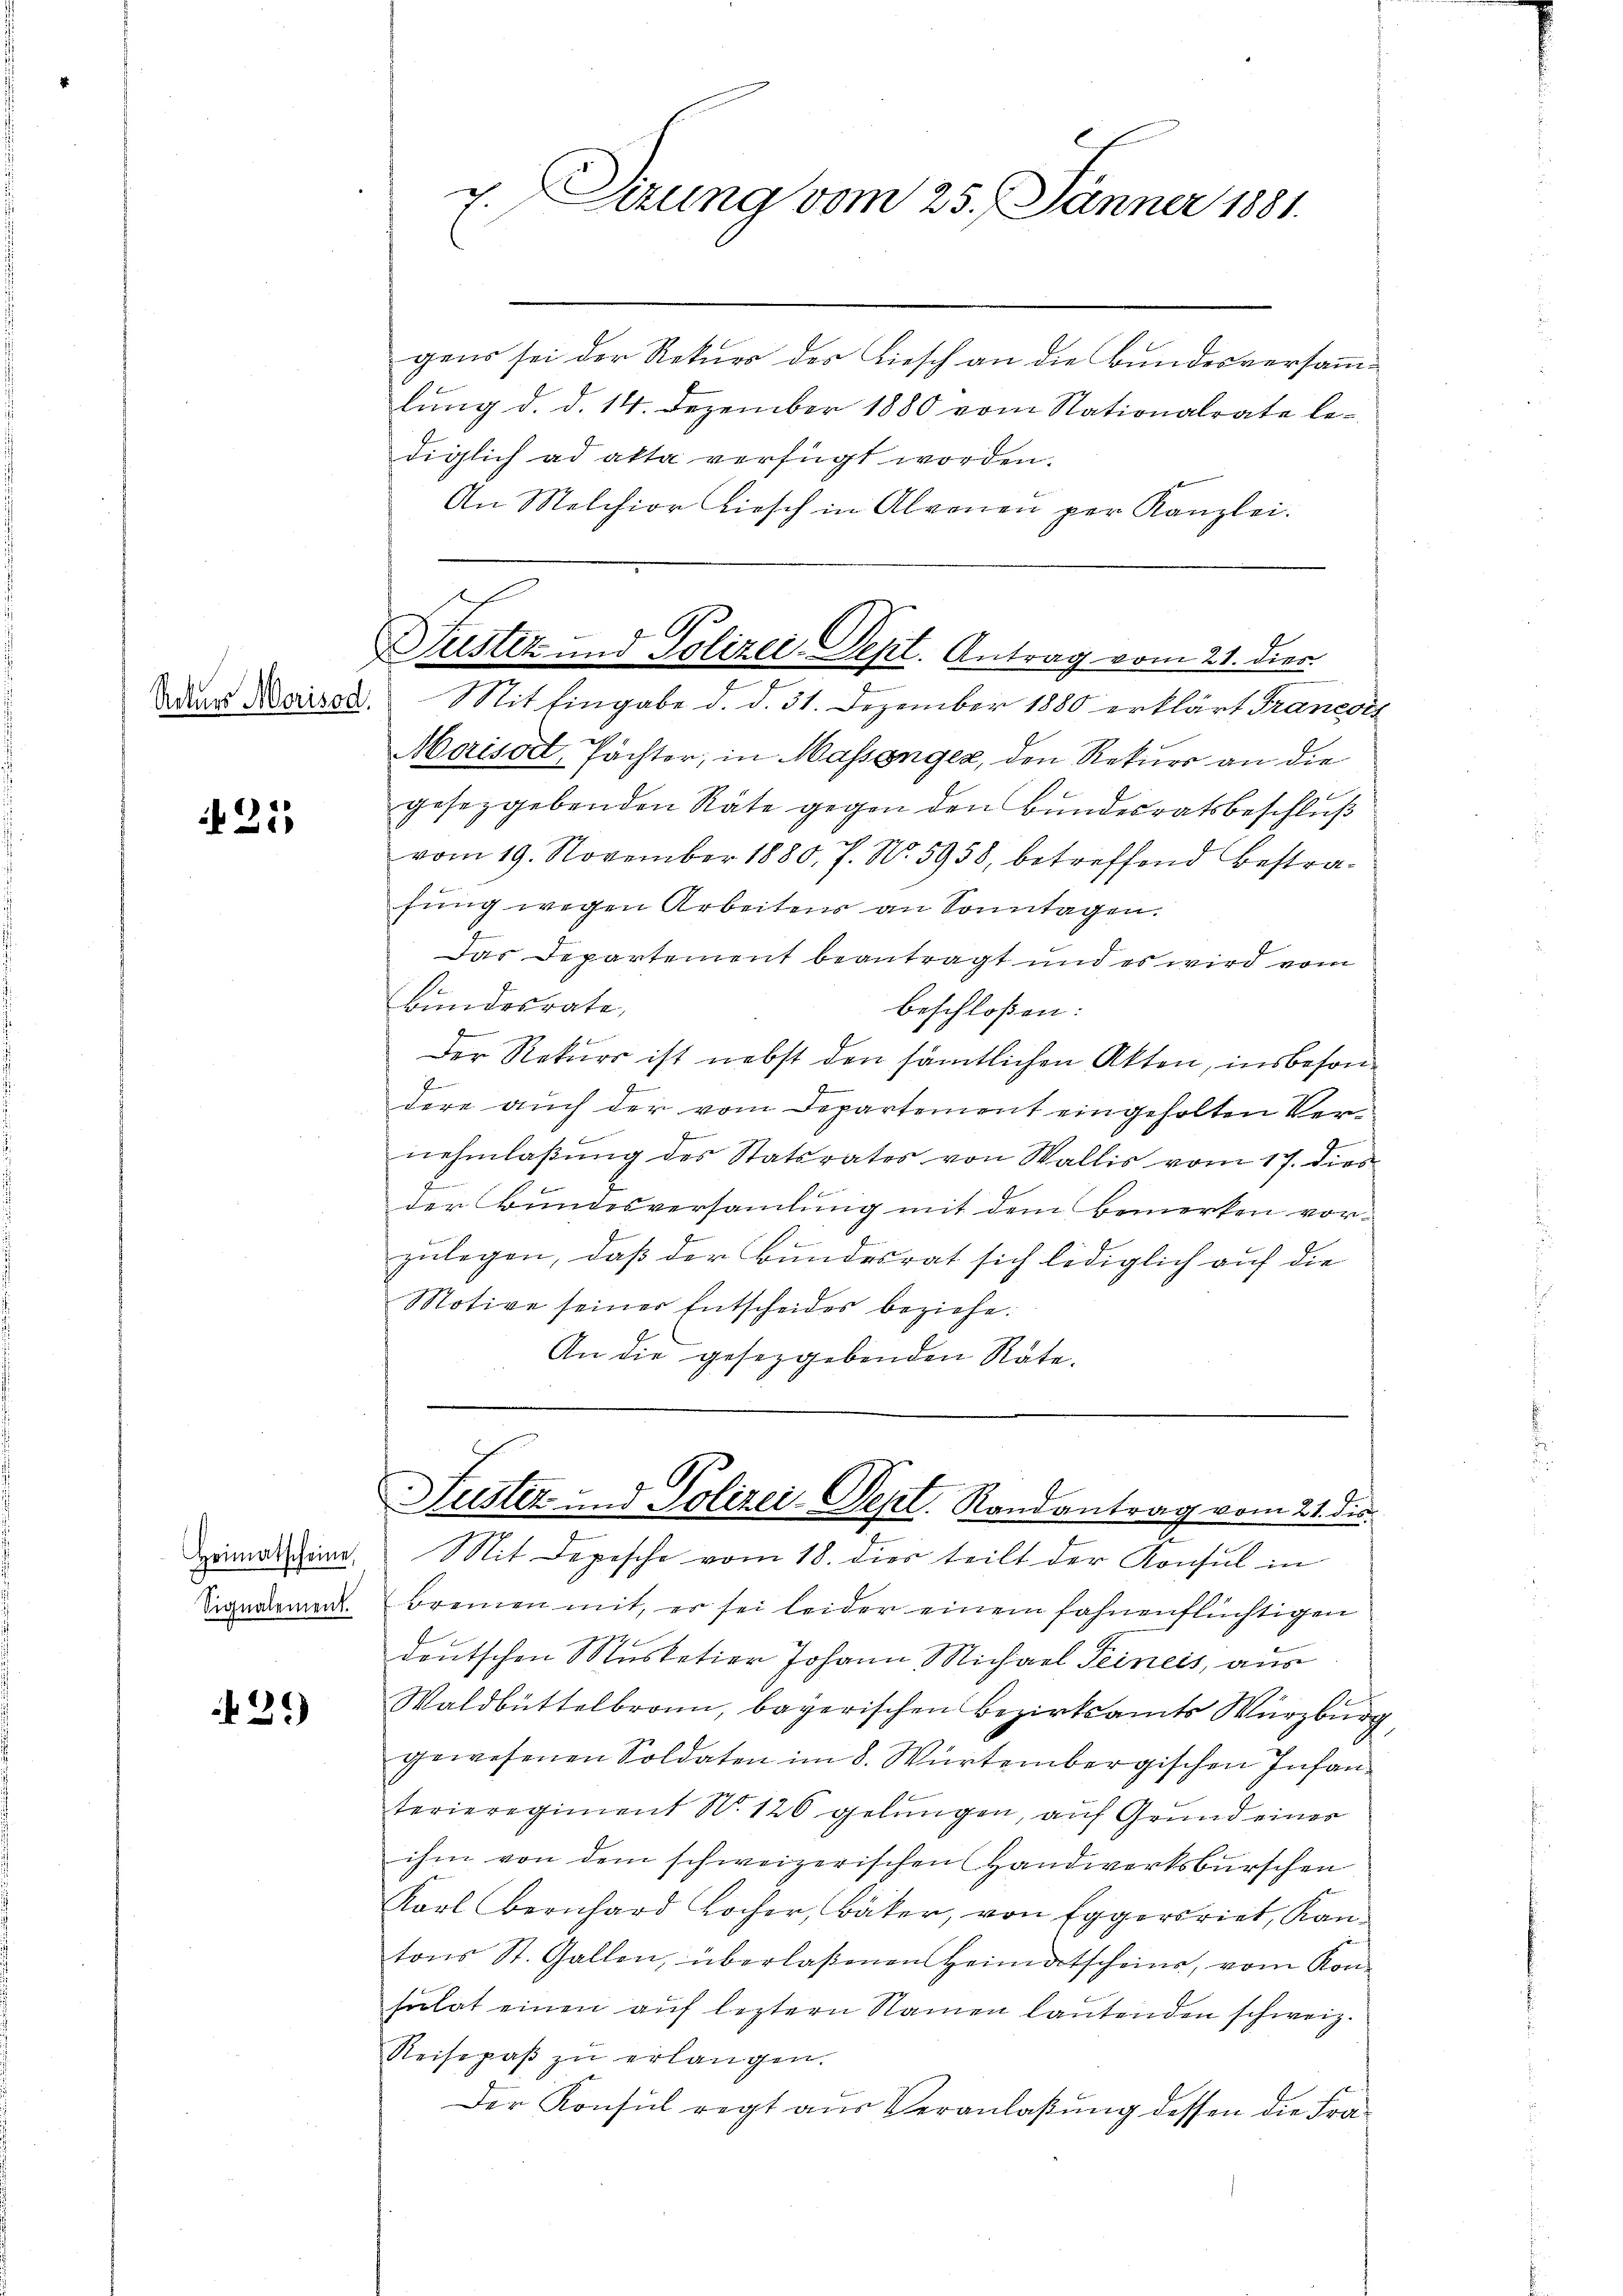
N 21

Heimatscheine
Signalement.

.
21)

gens sei der Rekurs des Liesch an die Bundesversamlung d. d. 14. Dezember 1880 vom Stationalrate lediglich ad acta verfügt worden.
An Melchior Kiesch in Abrenen per Kanzlei.

x. Sizung vom 25. Jänner 1881.

Justiz und Polizei-Dept. Antrag vom 21. dies.

Das Barsod. Mit Eingabe d. d. 31. Dezember 1880 erklärt Francois
Maiser, Pächter, in Massenger, den Rekurs an die
gesetzgebenden Räte gegen den Bundesratsbeschluß
vom 19. November 1880, 7. No. 5958, betreffend Bestrafung wegen Arbeitens an Sonntagen.
Das Departement beantragt und es wird vom
Bundesrate,
beschloßen:
b
Der Rekurs ist nebst den sämtlichen Akten, insbesondere auch der vom Departement eingeholten Ver¬
u
f
nehmlaβŭng des Statsrates von Wallis vom 17. dies
E
der Bundesversamlung mit dem Bemerken vorzulegen, daß der Bundesrat sich lediglich auf die
Motive seiner Entscheides beziehe.
An die gesetzgebenden Rate.

Fuster- und Polizei-Dept. Randantrag vom 21. die

Mit Depesche vom 18. dies teilt der Konsul in
brennen mit, er sei leider einem fahnenflüchtigen
g
deutschen Musketier Johann Michael Peineis, aus
Waldbüttelbronn, bayerischen Bezirksamts Würzburg,
gewesenen Soldaten im 8. Würtembergischen Infan
terieregiment No. 120 gelungen, auf Grund einer
ihm von dem schweizerischen Handwerksburschen
Karl Bernhard Locher, väter, von Eggersriet, Kantons St. Gallen, überlaßenen Heimatscheins, vom Kon-
sŭlat einen aŭf leztern Namen laŭtenden schweiz.
Reisepaβ zŭ erlangen.
Der Konsul regt aus Veranlaßung dessen die Fra¬